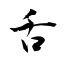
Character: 舌